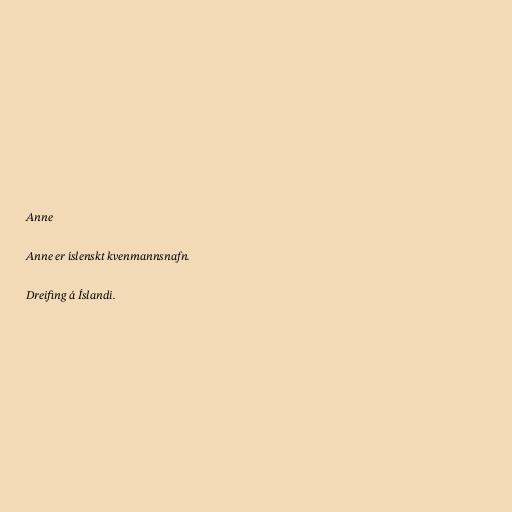
Anne

Anne er íslenskt kvenmannsnafn.

Dreifing á Íslandi.